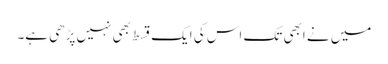
میں نے ابھی تک اس کی ایک قسط بھی نہیں پڑھی ہے۔